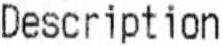
DESCRIPTION